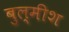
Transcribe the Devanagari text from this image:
बुल्मीश